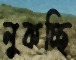
লুকচ্ছি